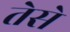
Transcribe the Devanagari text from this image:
तेसे